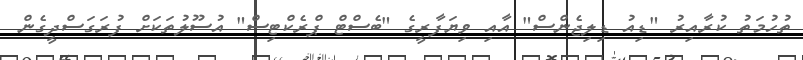
ތުހުމަތު ކުރާއިރު "ޑިއު ޑިލިޖެންސް" އާއި ވިޔަފާރީގެ "ބެސްޓް ޕްރެކްޓިސް" އުސޫލުތަކަށް ފުރަގަސްދީގެން